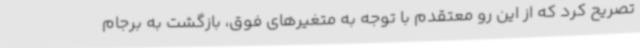
تصریح کرد که از این رو معتقدم با توجه به متغیرهای فوق، بازگشت به برجام